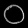
Digit: ၀